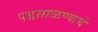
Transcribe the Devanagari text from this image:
पडताळण्याचे